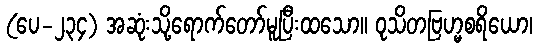
(ပေ-၂၃၄) အဆုံးသို့ရောက်တော်မူပြီးထသော။ ဝုသိတဗြဟ္မစရိယော၊